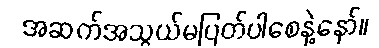
အဆက်အသွယ်မပြတ်ပါစေနဲ့နော်။